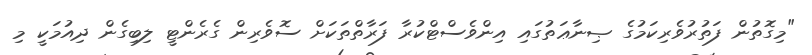
"މިގޮތުން ފަތުރުވެރިކަމުގެ ޞިނާޢަތުގައި އިންވެސްޓްކުރާ ފަރާތްތަކަށް ސޮވެރިން ގެރެންޓީ ލިބިގެން ދިއުމަކީ މި